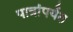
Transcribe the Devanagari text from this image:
पात्रांपर्यंत